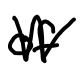
Text: of
Cross-out: zig-zag
Writing tool: digital_black